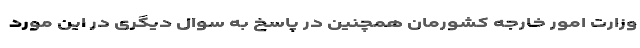
وزارت امور خارجه کشورمان همچنین در پاسخ به سوال دیگری در این مورد